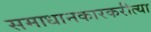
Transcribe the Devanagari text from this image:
समाधानकारकरीत्या